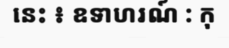
នេះ ៖ ឧទាហរណ៍ : កុ